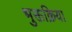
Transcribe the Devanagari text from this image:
भुक्तक्रिया